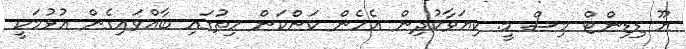
ޔޫ ޑިޑިންޓް މިސް މީ. ކިޔަވާކުދިން އެހެން ކަންކަން ހިތުގައި ބާއްވައިގެން އުޅުމަކީ